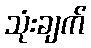
သုံးချက်